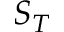
S _ { T }